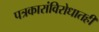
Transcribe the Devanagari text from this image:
पत्रकारांविरोधातही